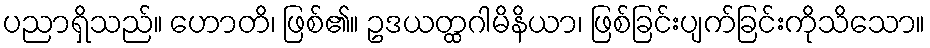
ပညာရှိသည်။ ဟောတိ၊ ဖြစ်၏။ ဥဒယတ္ထဂါမိနိယာ၊ ဖြစ်ခြင်းပျက်ခြင်းကိုသိသော။